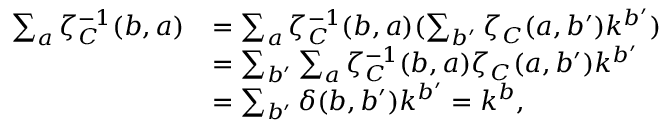
\begin{array} { r l } { \sum _ { a } \zeta _ { C } ^ { - 1 } ( b , a ) } & { = \sum _ { a } \zeta _ { C } ^ { - 1 } ( b , a ) ( \sum _ { b ^ { \prime } } \zeta _ { C } ( a , b ^ { \prime } ) k ^ { b ^ { \prime } } ) } \\ & { = \sum _ { b ^ { \prime } } \sum _ { a } \zeta _ { C } ^ { - 1 } ( b , a ) \zeta _ { C } ( a , b ^ { \prime } ) k ^ { b ^ { \prime } } } \\ & { = \sum _ { b ^ { \prime } } \delta ( b , b ^ { \prime } ) k ^ { b ^ { \prime } } = k ^ { b } , } \end{array}